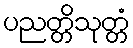
ပညတ္တိသုတ္တံ